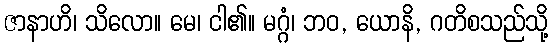
ဇာနာဟိ၊ သိလော။ မေ၊ ငါ၏။ မဂ္ဂံ၊ ဘဝ, ယောနိ, ဂတိစသည်သို့